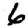
Digit: 6